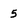
Character: 5